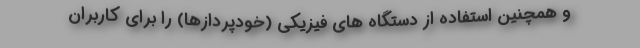
و همچنین استفاده از دستگاه های فیزیکی (خودپردازها) را برای کاربران